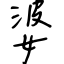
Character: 婆